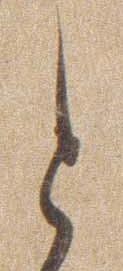
と